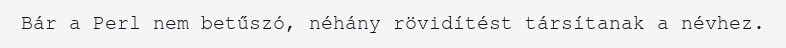
Bár a Perl nem betűszó, néhány rövidítést társítanak a névhez.